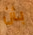
بأن